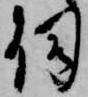
伺